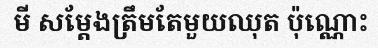
មី សម្តែងត្រឹមតែមួយឈុត ប៉ុណ្ណោះ